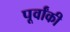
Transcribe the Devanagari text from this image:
पूर्वांकी